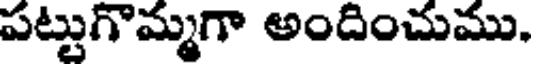
పట్టుగొమ్మగా అందించుము,